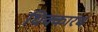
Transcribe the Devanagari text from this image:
धिक्कारच